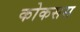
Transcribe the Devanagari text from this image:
कोकसस